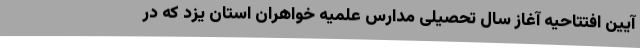
آیین افتتاحیه آغاز سال تحصیلی مدارس علمیه خواهران استان یزد که در